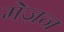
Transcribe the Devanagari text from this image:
मेज़न